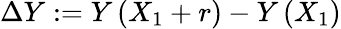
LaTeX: \Delta Y:=Y\left(X_{1}+r\right)-Y\left(X_{1}\right)